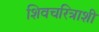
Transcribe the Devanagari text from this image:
शिवचरित्राशी